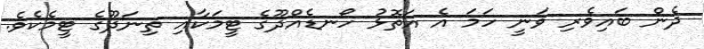
ދެން ބައިވެރި ވަނީ ހަމަ އެ އަތޮޅު ހޯނޑެއްދޫގެ ޓީމަކާއި ތިނަދޫގެ ޓީމެކެވެ.